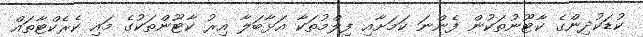
ކުޑަކުދިންގެ ކާޓޫނުތަކުން ފެންނަ ކަމަށާއި ފިލްމުތަކާ އަޅާބަލާ އިރު ކާޓޫންތަކުގެ މައި ކެރެކްޓާތައް